Report of the Municipal Commissioner on the plague in Bombay for the year ending 31st May... - Volume 2
Disease focus: Plague
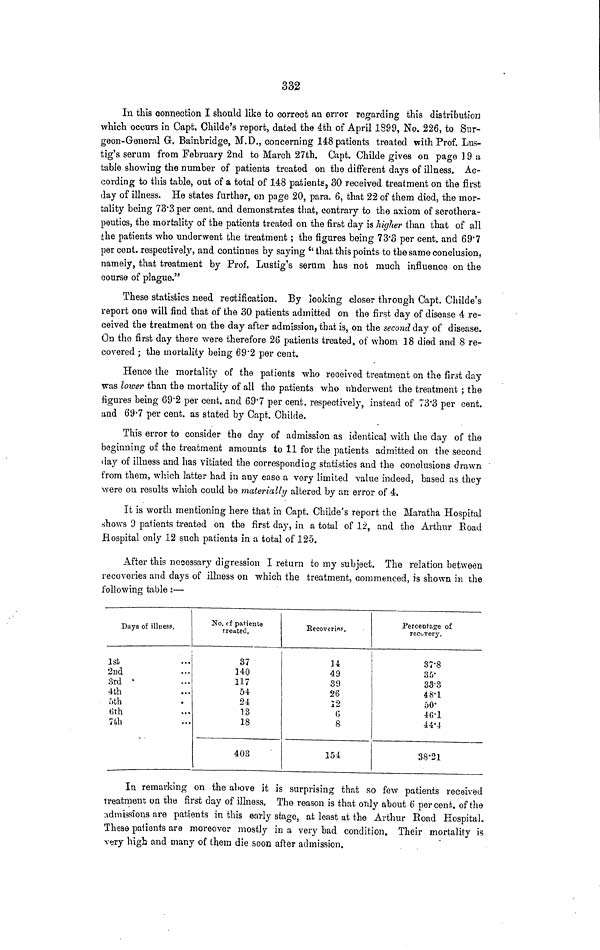
332
In this connection I should like to correct an error regarding this distribution
which occurs in Capt. Childe's report, dated the 4th of April 1S99, No. 226, to Sur-
geon-General G. Bainbridge, M.D., concerning 148 patients treated with Prof. Lus-
tig's serum from February 2nd to March 27th. Capt. Childe gives on page 19 a
table showing the number of patients treated on the different days of illness. Ac-
cording to this table, out of a total of 148 patients, 30 received treatment on the first
day of illness. He states further, on page 20, para. 6, that 22 of them died, the mor-
tality being 73.3 per cent. and demonstrates that, contrary to the axiom of serothera-
peutics, the mortality of the patients treated on the first day is higher than that of all
the patients who underwent the treatment ; the figures being 73.3 per cent. and 69.7
per cent. respectively, and continues by saying "that this points to the same conclusion,
namely, that treatment by Prof. Lustig's serum has not much influence on the
course of plague."
These statistics need rectification. By looking closer through Capt. Childe's
report one will find that of the 30 patients admitted on the first day of disease 4 re-
ceived the treatment on the day after admission, that is, on the second day of disease.
On the first day there were therefore 26 patients treated, of whom 18 died and 8 re-
covered ; the mortality being 69.2 per cent.
Hence the mortality of the patients who received treatment on the first day
was lower than the mortality of all the patients who underwent the treatment ; the
figures being 69.2 per cent. and 69.7 per cent. respectively, instead of 73.3 per cent.
and 69.7 per cent. as stated by Capt. Childe.
This error to consider the day of admission as identical with the day of the
beginning of the treatment amounts to 11 for the patients admitted on the second
day of illness and has vitiated the corresponding statistics and the conclusions drawn
from them, which latter had in any case a very limited value indeed, based as they
were on results which could be materially altered by an error of 4.
It is worth mentioning here that in Capt. Childe's report the Maratha Hospital
shows 3 patients treated on the first day, in a total of 12, and the Arthur Road
Hospital only 12 such patients in a total of 125.
After this necessary digression I return to my subject. The relation between
recoveries and days of illness on which the treatment, commenced, is shown in the
following table :—
Days of illness.
1st
2nd
3rd
4th
5th
6th
7th
No. of patients
treated.
37
140
117
54
24
13
18
403
Recoveries.
34
49
39
26
12
6
8
154
Percentage of
recovery.
37.8
35
33.3
48.1
50
46.1
44.4
38.21
In remarking on the above it is surprising that so few patients received
treatment on the first day of illness. The reason is that only about 6 per cent. of the
admissions are patients in this early stage, at least at the Arthur Road Hospital.
These patients are moreover mostly in a very bad condition. Their mortality is
very high and many of them die soon after admission.